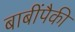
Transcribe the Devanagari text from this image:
बाबींपैकी